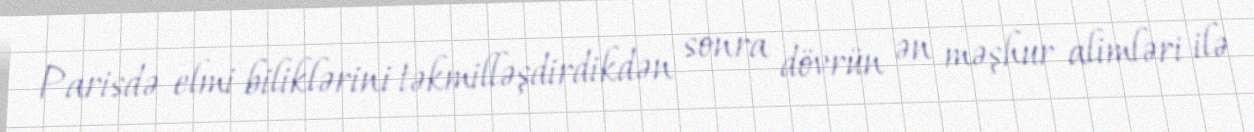
Parisdə elmi biliklərini təkmilləşdirdikdən sonra dövrün ən məşhur alimləri ilə